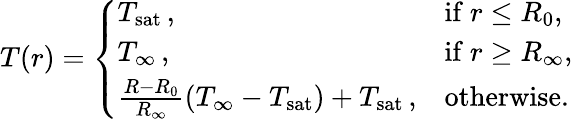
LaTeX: \begin{array}{r}{T(r)=\left\{ \begin{array}{ll}{T_{\mathrm{sat}}\, ,}&{\mathrm{if~}r\leq R_{0},}\\ {T_{\infty}\, ,}&{\mathrm{if~}r\geq R_{\infty},}\\ {\frac{R-R_{0}}{R_{\infty}}(T_{\infty}-T_{\mathrm{sat}})+T_{\mathrm{sat}}\, ,}&{\mathrm{otherwise.}}\end{array}\right.}\end{array}